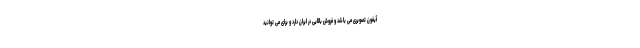
آیفون تصویری می باشد و فروش بالایی در ایران دارد و برای می توانید